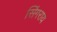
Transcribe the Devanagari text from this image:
सिंगराय